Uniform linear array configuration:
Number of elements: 64
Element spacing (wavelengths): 0.5
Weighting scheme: hann
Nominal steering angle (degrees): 60
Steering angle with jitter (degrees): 60.033
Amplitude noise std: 0.05
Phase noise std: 0.05

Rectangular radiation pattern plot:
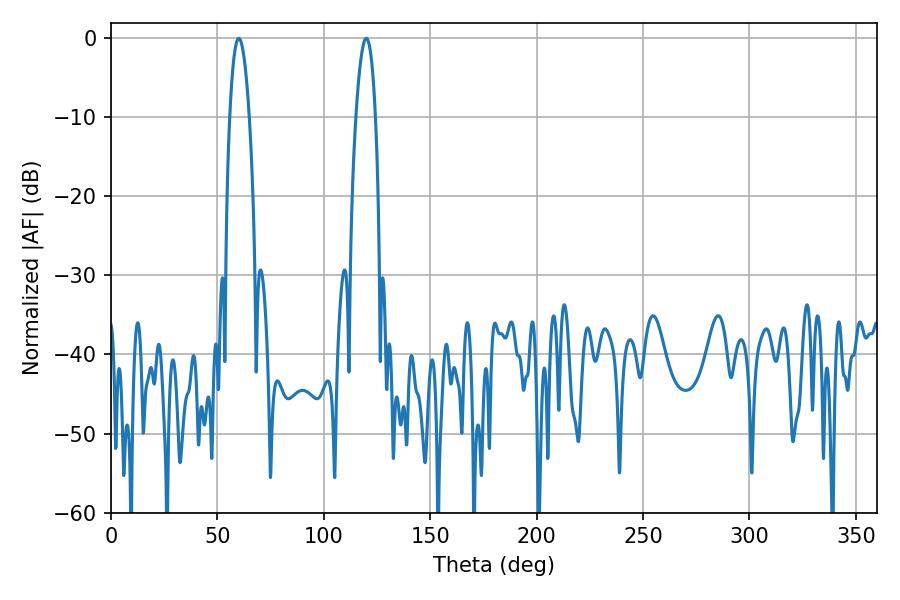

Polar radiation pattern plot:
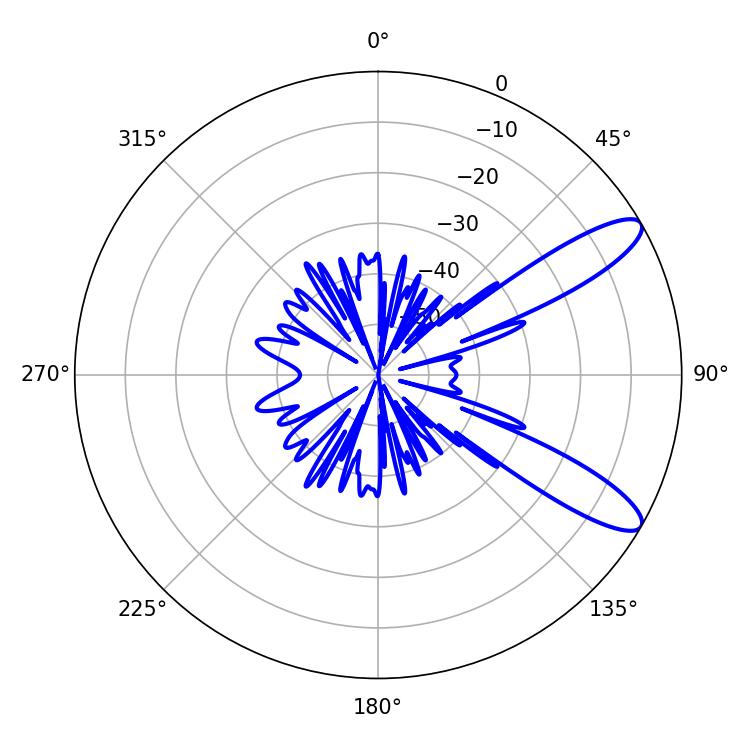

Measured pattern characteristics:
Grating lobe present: FALSE
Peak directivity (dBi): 10.812
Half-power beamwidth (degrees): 5.04
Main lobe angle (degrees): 60.12